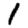
Digit: 1